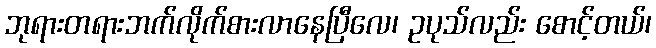
ဘုရားတရားဘက်လိုက်စားလာနေပြီလေ၊ ဥပုသ်လည်း စောင့်တယ်၊